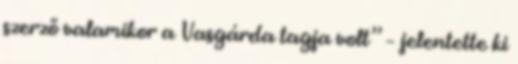
szerző valamikor a Vasgárda tagja volt” – jelentette ki